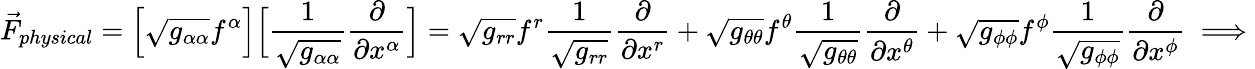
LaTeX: \vec{F}_{physical}=\Big[\sqrt{g_{\alpha\alpha}}f^{\alpha}\Big]\Big[\frac{1}{\sqrt{g_{\alpha\alpha}}}\frac{\partial}{\partial x^{\alpha}}\Big]=\sqrt{g_{rr}}f^{r}\frac{1}{\sqrt{g_{rr}}}\frac{\partial}{\partial x^{r}}+\sqrt{g_{\theta\theta}}f^{\theta}\frac{1}{\sqrt{g_{\theta\theta}}}\frac{\partial}{\partial x^{\theta}}+\sqrt{g_{\phi\phi}}f^{\phi}\frac{1}{\sqrt{g_{\phi\phi}}}\frac{\partial}{\partial x^{\phi}}\implies